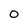
Character: 0